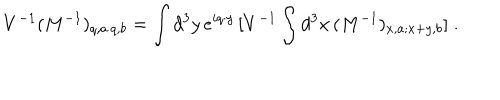
LaTeX: V ^ { - 1 } ( M ^ { - 1 } ) _ { q , a : q , b } = \int d ^ { 3 } y \, e ^ { i q \cdot y } \, [ V ^ { - 1 } \int d ^ { 3 } x \, ( M ^ { - 1 } ) _ { x , a ; x + y , b } ] \; \mathrm { . }